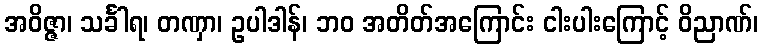
အဝိဇ္ဇာ၊ သင်္ခါရ၊ တဏှာ၊ ဥပါဒါန်၊ ဘဝ အတိတ်အကြောင်း ငါးပါးကြောင့် ဝိညာဏ်၊